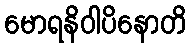
မောရနိဝါပိနောတိ